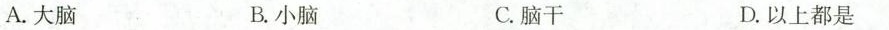
A.大脑 B.小脑 C.脑干 D.以上都是